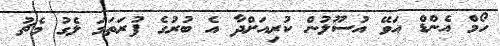
ހޯމް އެންޑް އަވޭ އުސޫލުން ކުރިއަށްދާ އެ ބުރުގެ ފުރަތަމަ ލެގު މެޗު